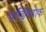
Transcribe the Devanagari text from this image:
प्राङ्विवाक